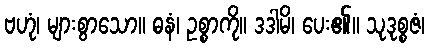
ဗဟုံ၊ များစွာသော။ ဓနံ၊ ဥစ္စာကို။ ဒဒါမိ၊ ပေး၏။ သုဒုစ္စဇံ၊